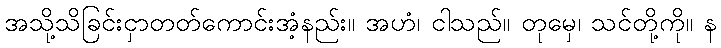
အသို့သိခြင်းငှာတတ်ကောင်းအံ့နည်း။ အဟံ၊ ငါသည်။ တုမှေ၊ သင်တို့ကို။ န